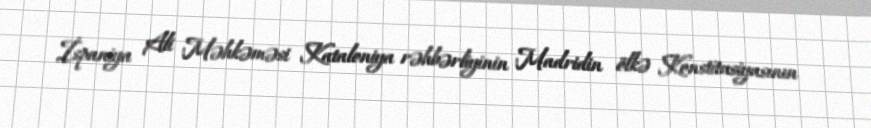
İspaniya Ali Məhkəməsi Kataloniya rəhbərliyinin Madridin ölkə Konstitusiyasının